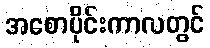
အစောပိုင်းကာလတွင်